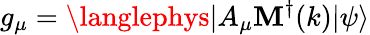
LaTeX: g_{\mu}=\langlephys|A_{\mu}\mathbf{M}^{\dagger}(k)|\psi\rangle